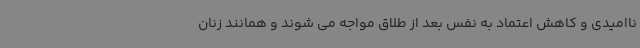
ناامیدی و کاهش اعتماد به نفس بعد از طلاق مواجه می شوند و همانند زنان